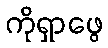
ကိုရှာဖွေ